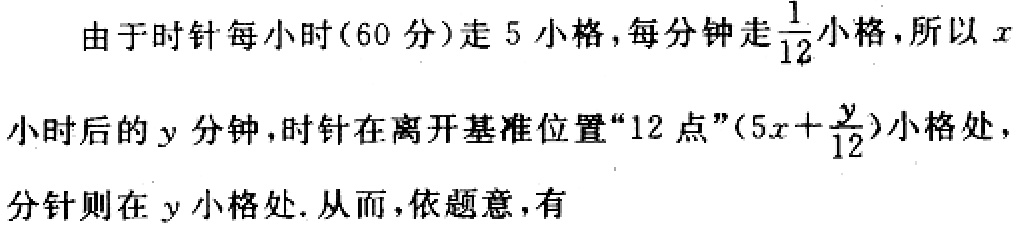
由于时针每小时(60 分)走 5 小格,每分钟走$\frac{1}{12}$小格,所以$x$小时后的$y$分钟,时针在离开基准位置“12 点”$(5x + \frac{y}{12})$小格处,分针则在$y$小格处. 从而,依题意,有